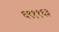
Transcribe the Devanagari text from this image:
६९११६३